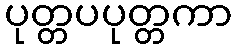
ပုတ္တပပုတ္တကာ